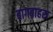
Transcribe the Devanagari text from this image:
बागबाहरा